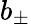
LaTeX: b_{\pm}